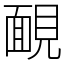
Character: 靦